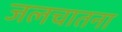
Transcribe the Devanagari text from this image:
जलचातना